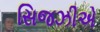
સિજઝીએ